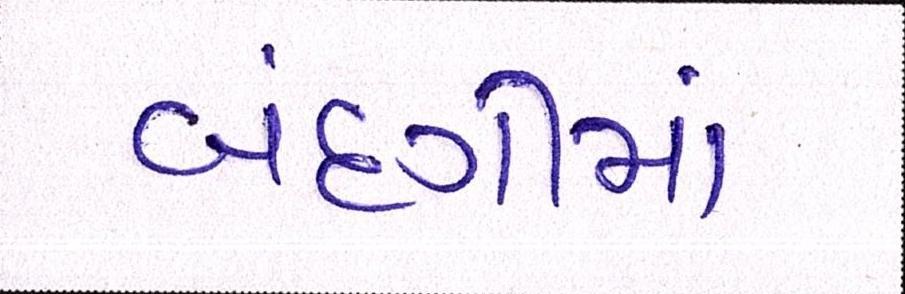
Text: બંદગીમાં